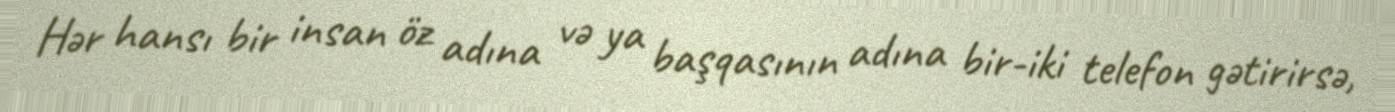
Hər hansı bir insan öz adına və ya başqasının adına bir-iki telefon gətirirsə,